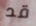
قد